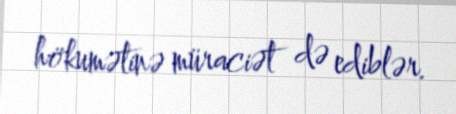
hökumətinə müraciət də ediblər.